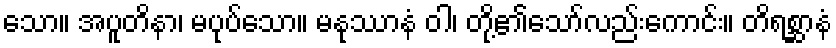
သော။ အပူတိနာ၊ မပုပ်သော။ မနုဿာနံ ဝါ၊ တို့၏သော်လည်းကောင်း။ တိရစ္ဆာနံ